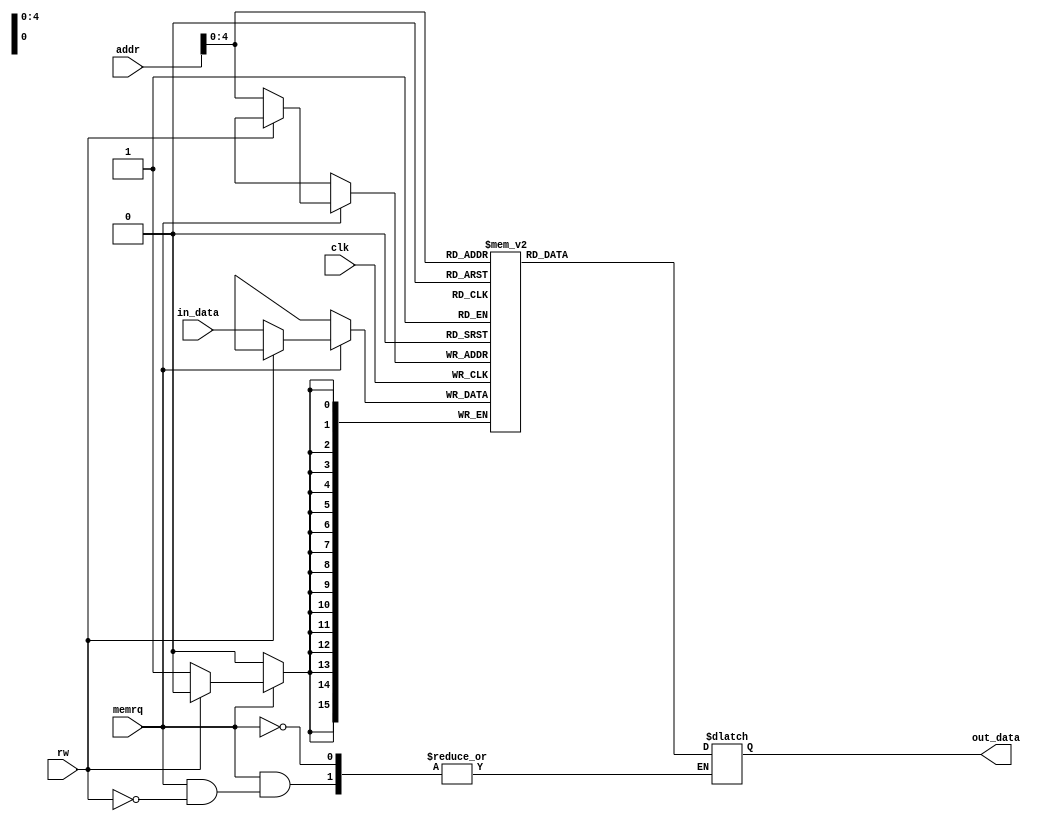
module memory_32x16(in_data, addr, clk, memrq, rw,
              out_data);
    
    input [15:0]in_data;
    input [11:0]addr;
    input clk, memrq, rw;
    output reg [15:0] out_data;

    reg [15:0] memory [0:31];
    reg r_state;

    always @(posedge clk) begin 
        if (memrq) 
            if(rw) 
                r_state = 1;
            else begin
                r_state = 0;
                memory[addr] = in_data;
            end
    end

    always @(*)
        if(memrq)
            if(rw) out_data = memory[addr];

endmodule